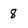
Character: 8